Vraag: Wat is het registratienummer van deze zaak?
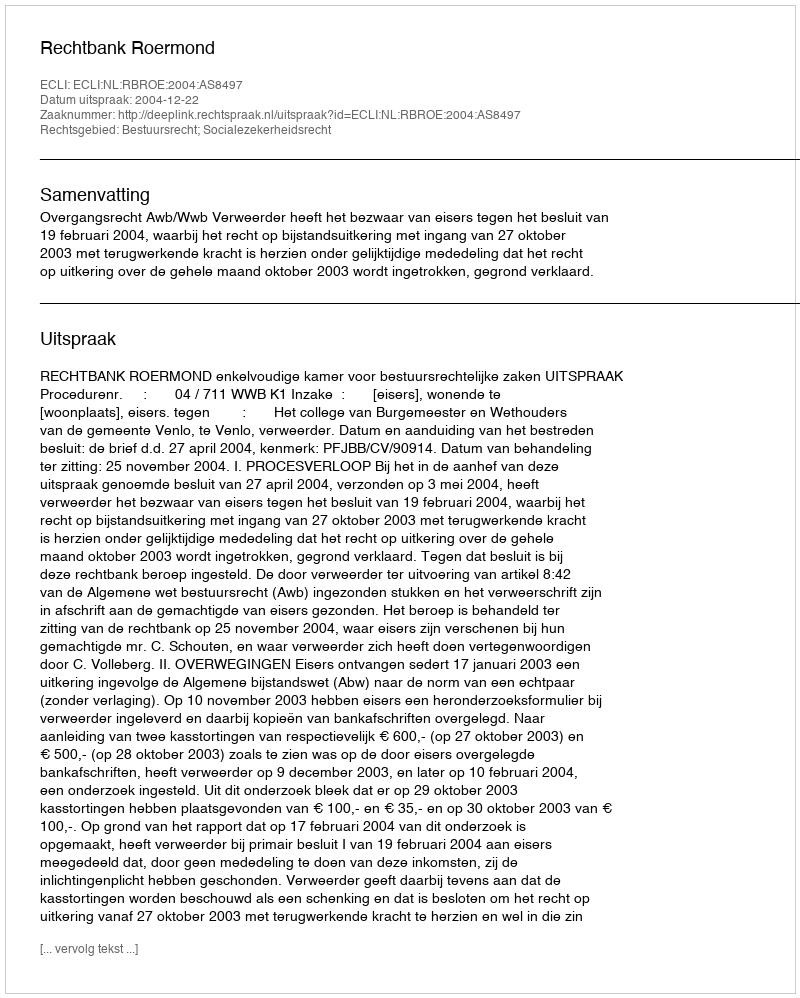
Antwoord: http://deeplink.rechtspraak.nl/uitspraak?id=ECLI:NL:RBROE:2004:AS8497